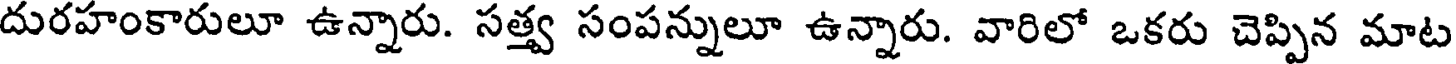
దురహంకారులూ ఉన్నారు. సత్త్వ సంపన్నులూ ఉన్నారు. వారిలో ఒకరు చెప్పిన మాట